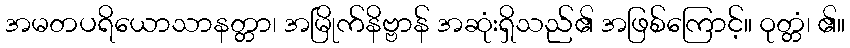
အမတပရိယောသာနတ္တာ၊ အမြိုက်နိဗ္ဗာန် အဆုံးရှိသည်၏ အဖြစ်ကြောင့်။ ဝုတ္တံ၊ ၏။